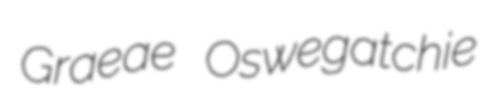
Graeae Oswegatchie